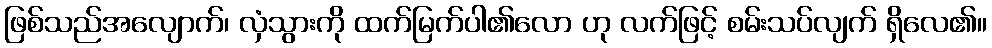
ဖြစ်သည်အလျောက်၊ လှံသွားကို ထက်မြက်ပါ၏လော ဟု လက်ဖြင့် စမ်းသပ်လျက် ရှိလေ၏။